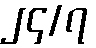
၂၄/၇